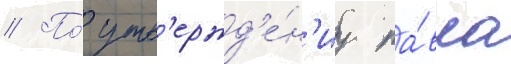
// По́ утв'ержд'е́н'иу па́вла